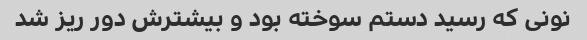
نونی که رسید دستم سوخته بود و بیشترش دور ریز شد